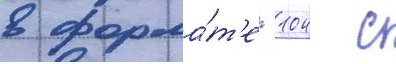
в форма́т'е -104 с